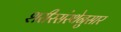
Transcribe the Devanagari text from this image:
शरीरसंस्थेनुसार